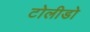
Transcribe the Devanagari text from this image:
टोलीडो